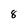
Character: 8